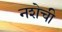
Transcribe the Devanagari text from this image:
नशेची